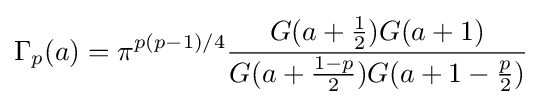
\Gamma _{p}(a)=\pi ^{p(p-1)/4}{\frac {G(a+{\frac {1}{2}})G(a+1)}{G(a+{\frac {1-p}{2}})G(a+1-{\frac {p}{2}})}}